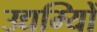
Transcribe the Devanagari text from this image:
उद्यम्यिों